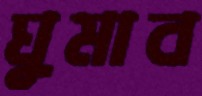
ঘুমাব